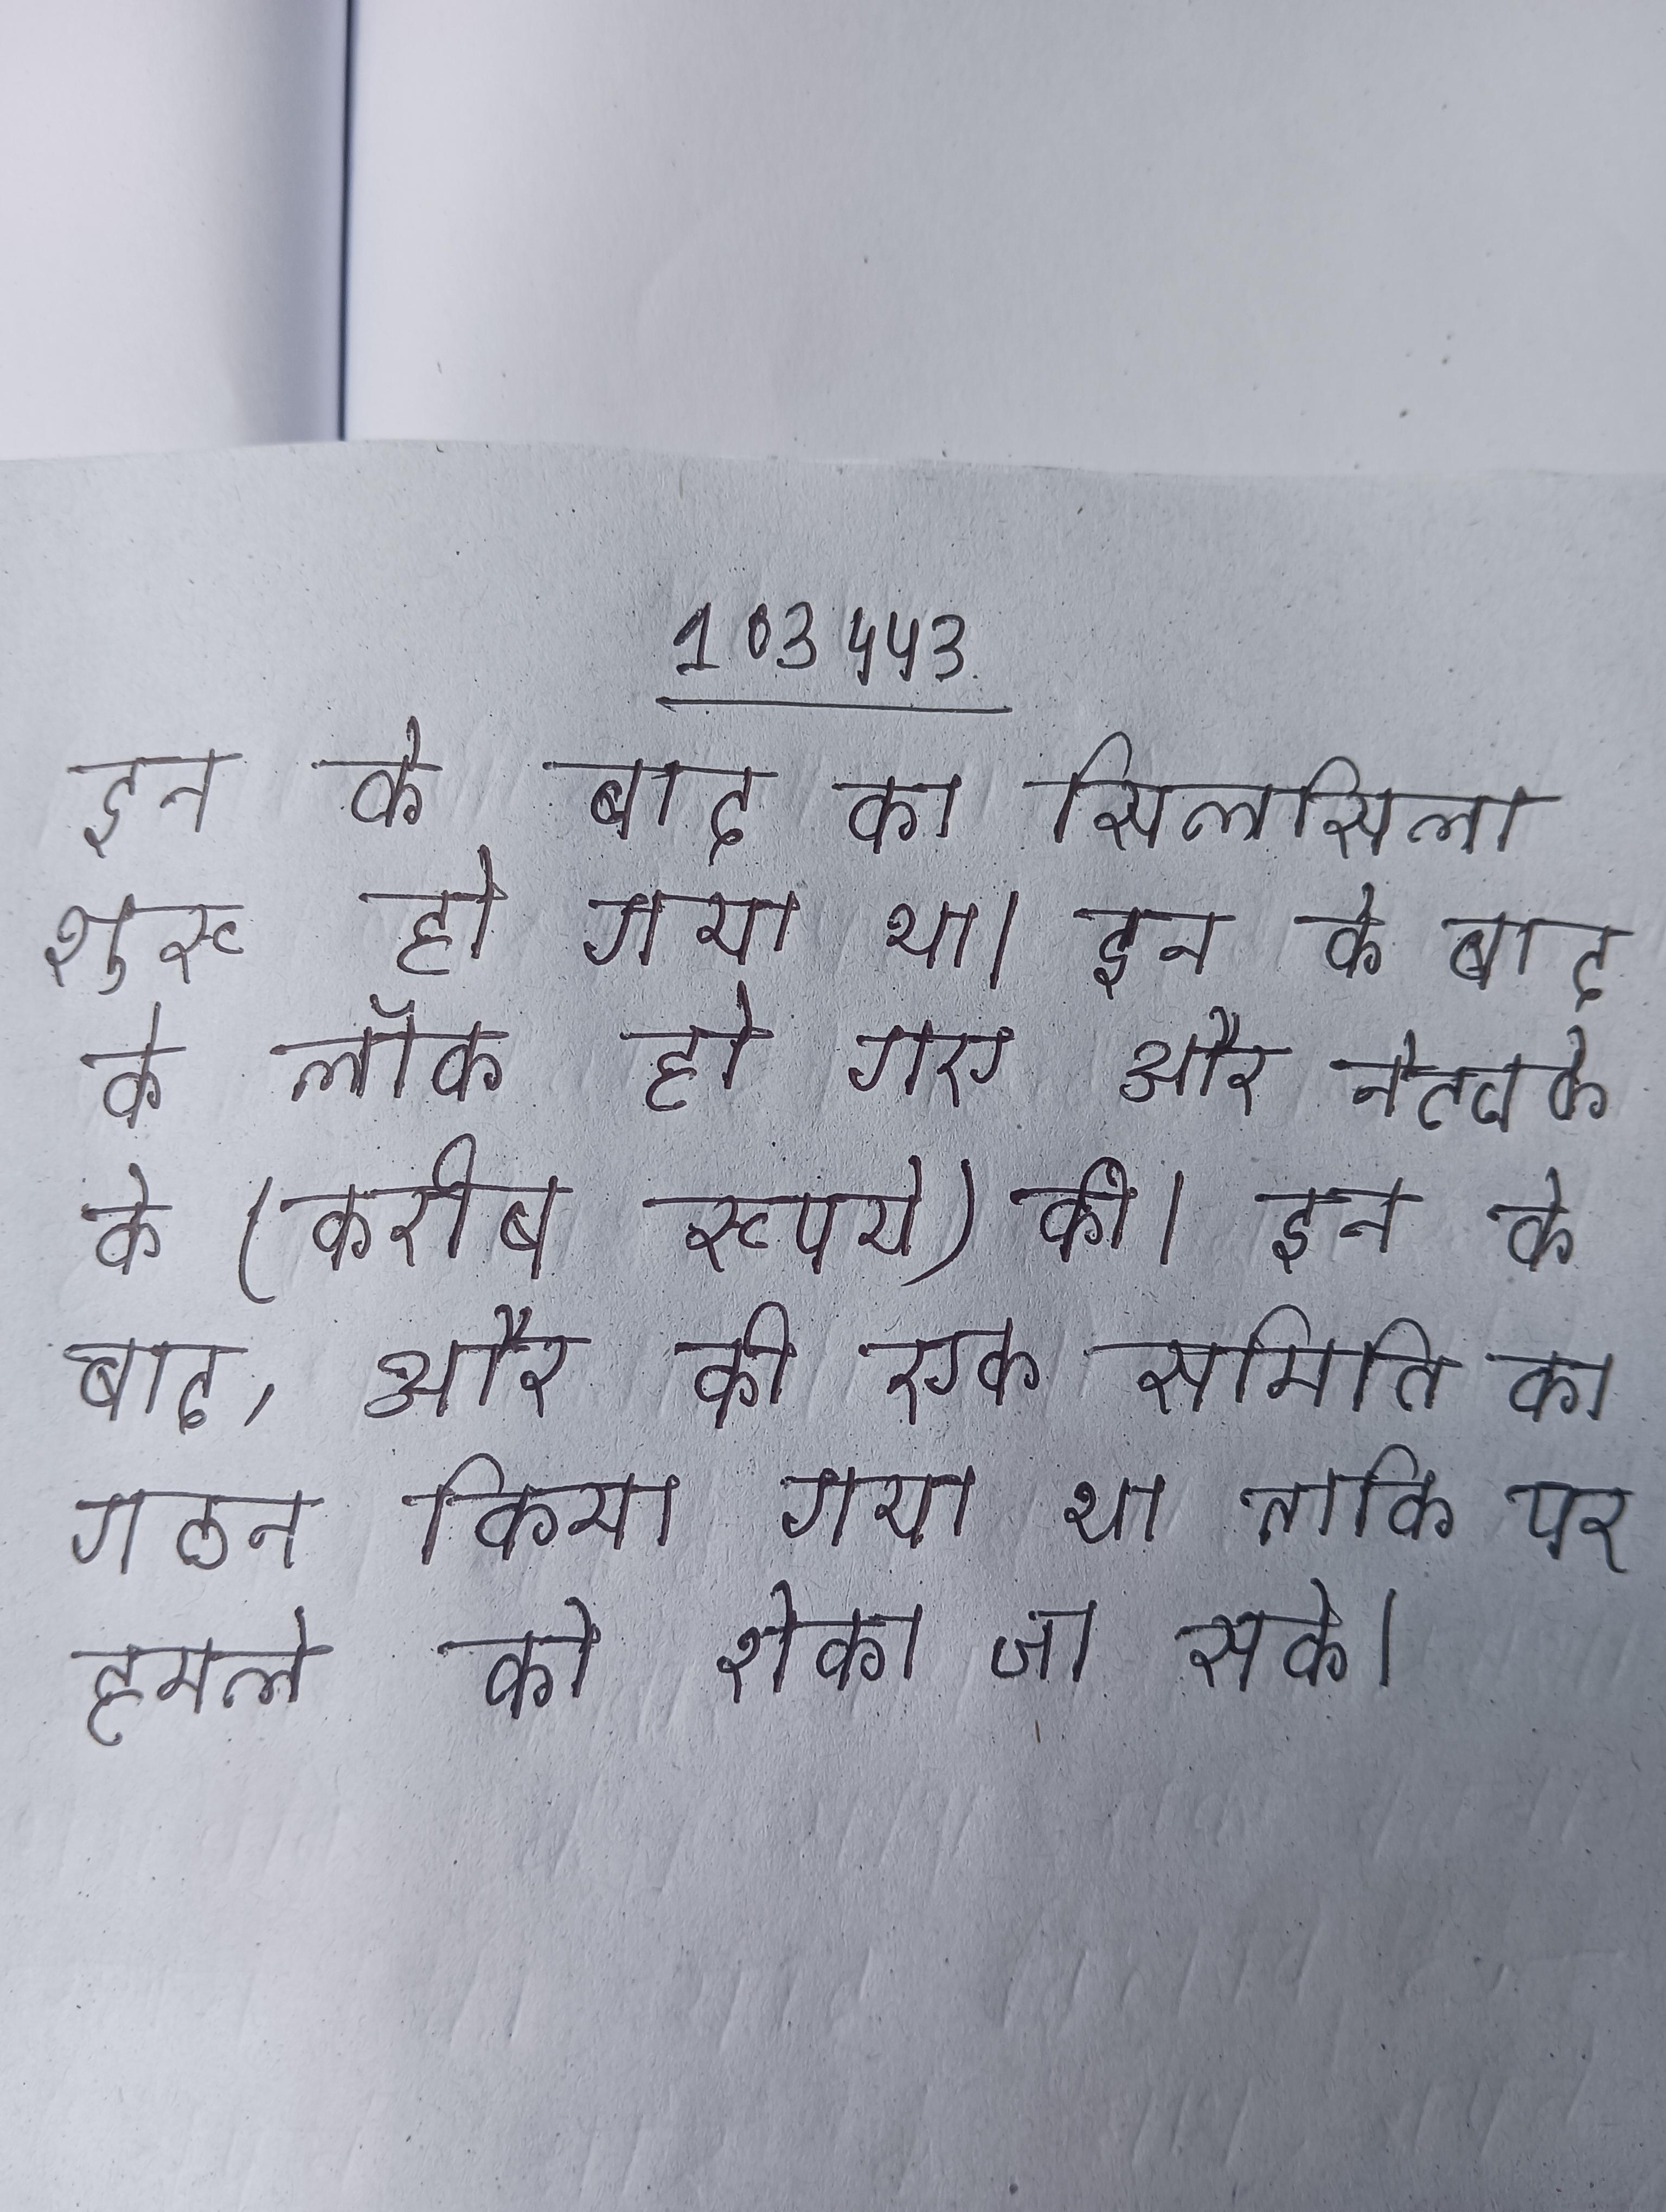
इन के बाद का सिलसिला शुरू हो गया था । इन के बाद के लॉक हो गए और नेटवर्क के (करीब रुपये) की । इन के बाद, और की एक समिति का गठन किया गया था ताकि पर हमले को रोका जा सके ।